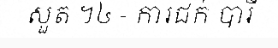
សួត ។៤ - ការជក់ បារី